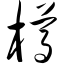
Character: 樽